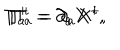
\Pi _ { a } ^ { + } = \partial _ { a } X ^ { + } , \hspace { 3 m m } \, \Pi _ { a } ^ { i } = \partial _ { a } X ^ { i } ,